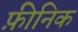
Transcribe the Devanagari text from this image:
फ़ीनिक